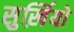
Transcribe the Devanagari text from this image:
सुर्ख़ियो